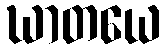
ဃာတယေ